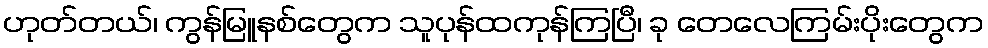
ဟုတ်တယ်၊ ကွန်မြူနစ်တွေက သူပုန်ထကုန်ကြပြီ၊ ခု တေလေကြမ်းပိုးတွေက